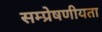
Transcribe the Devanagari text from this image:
सम्प्रेषणीयता